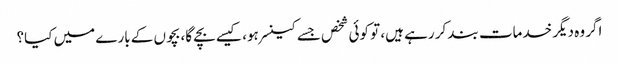
اگر وہ دیگر خدمات بند کر رہے ہیں، تو کوئی شخص جسے کینسر ہو، کیسے بچے گا، بچوں کے بارے میں کیا؟